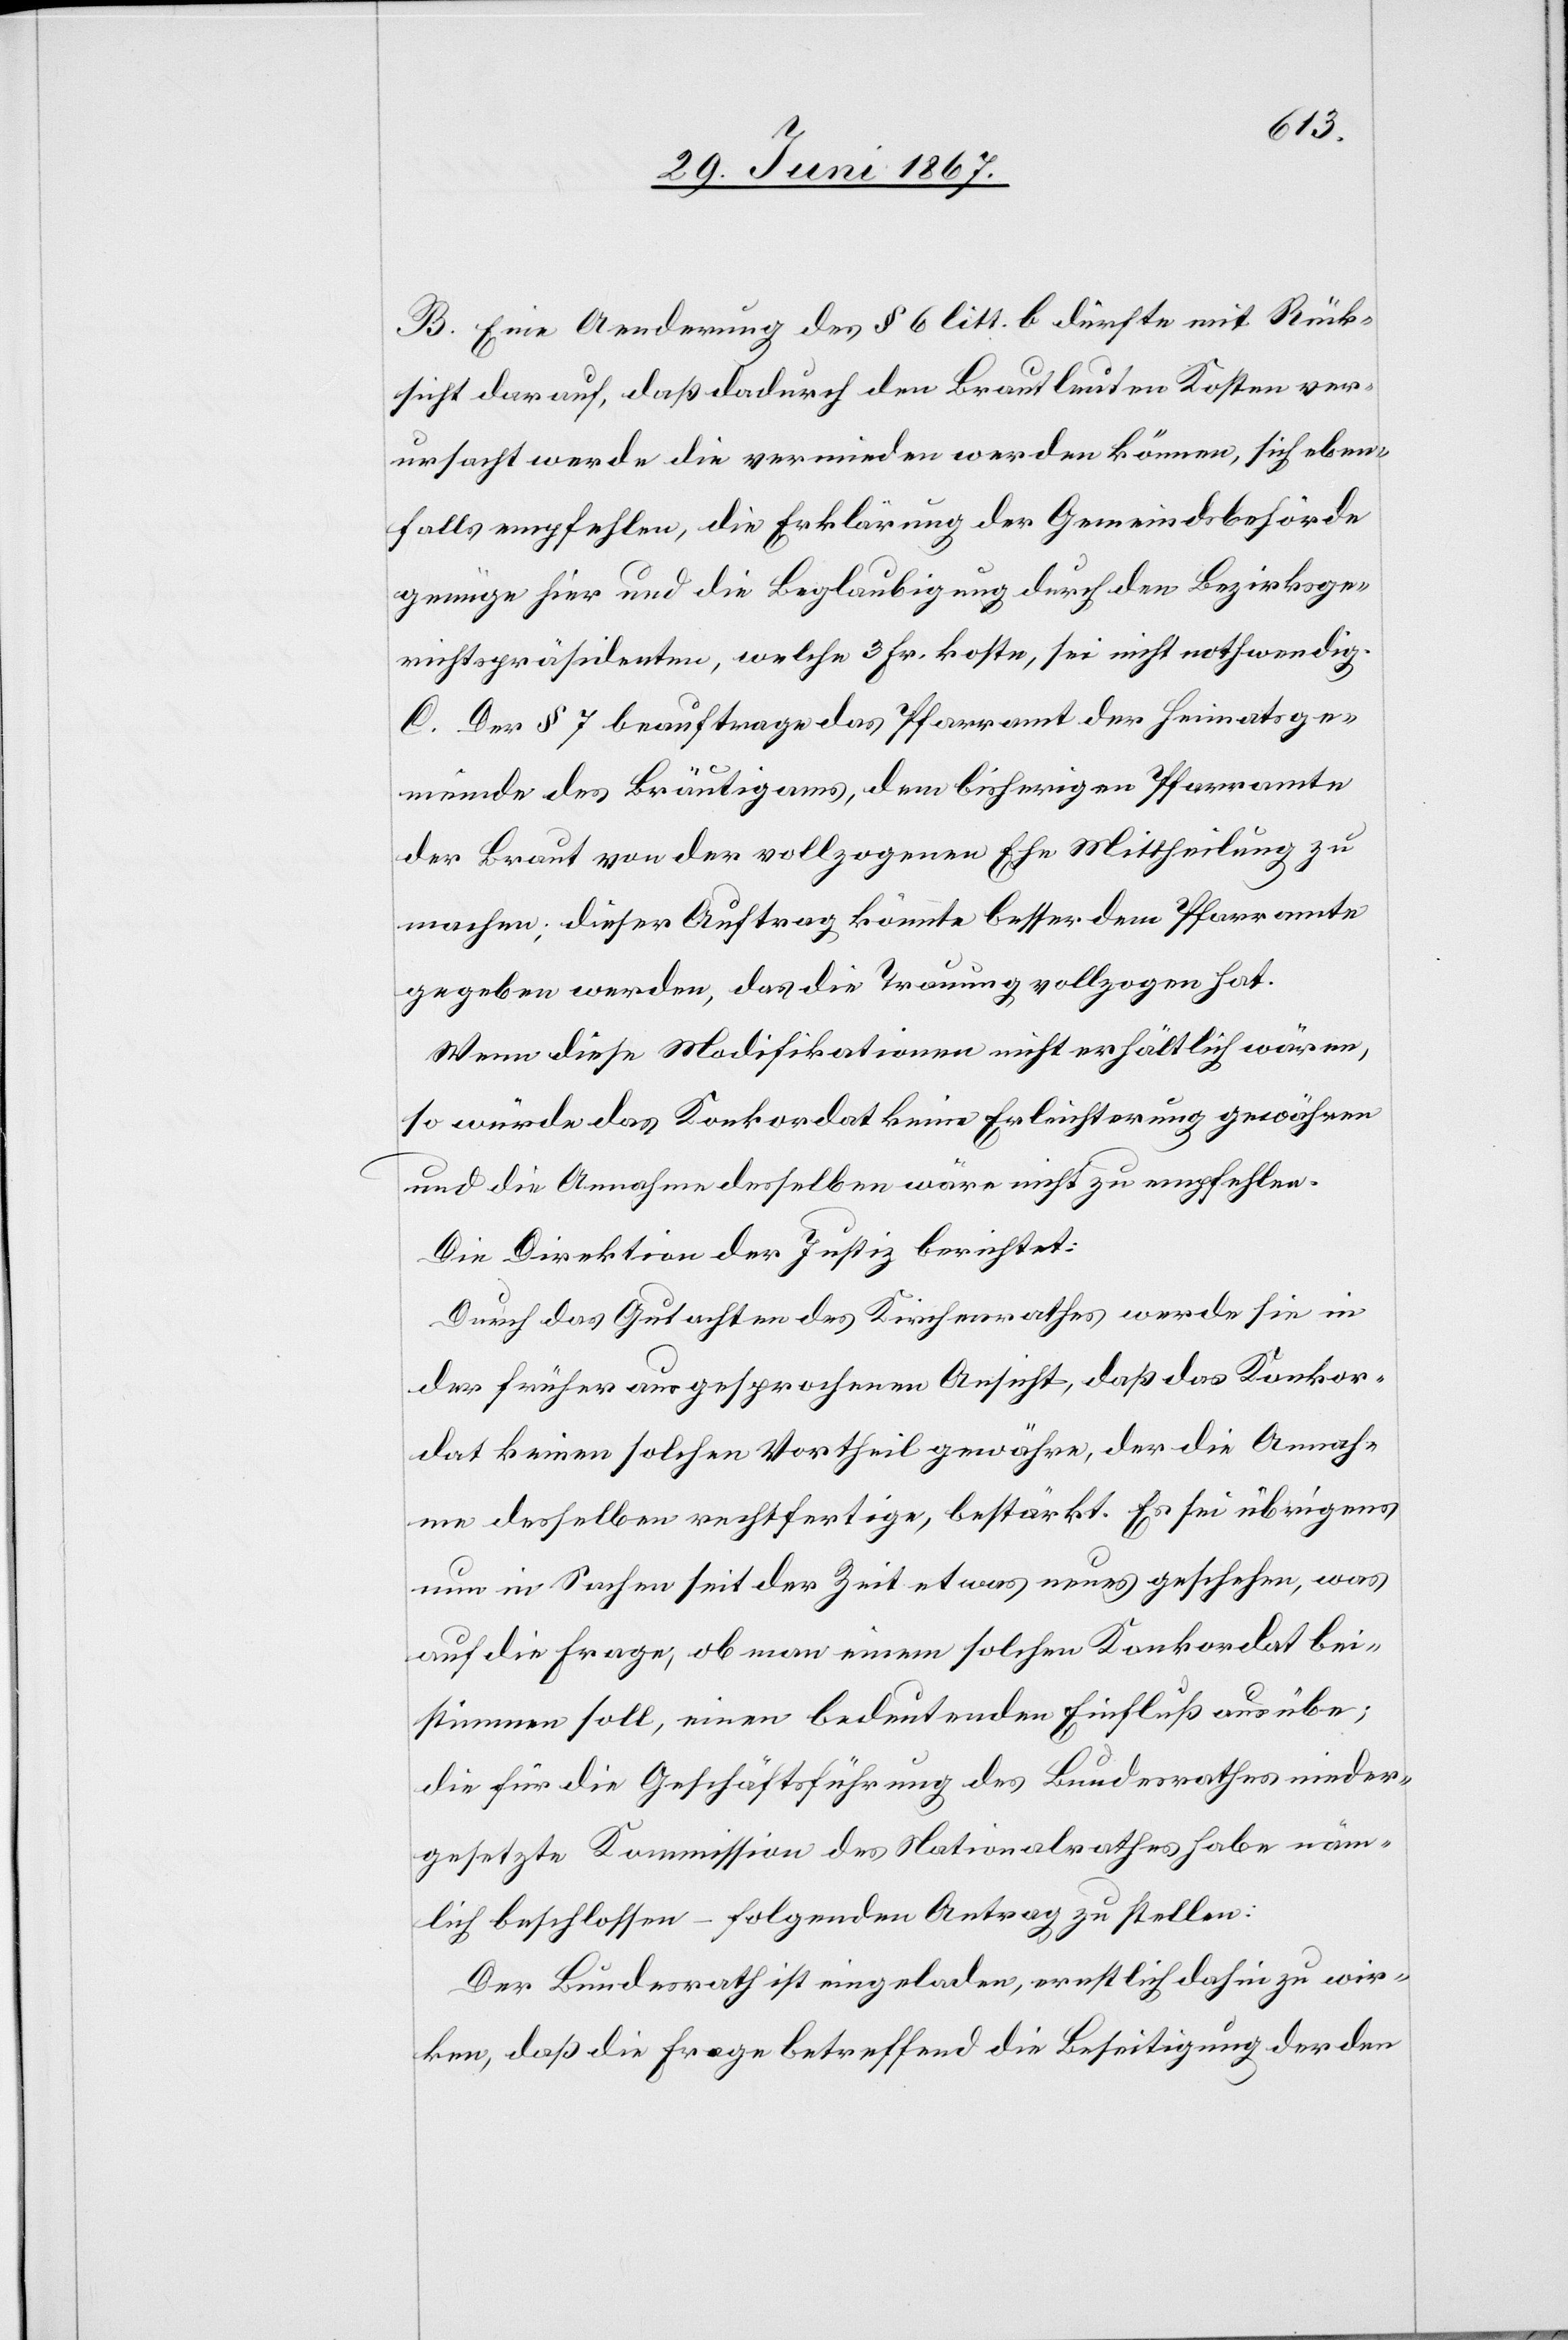
B. Eine Aenderung des § 6 litt. b dürfte mit Rück¬
sicht darauf, daß dadurch den Brautleuten Kosten ver¬
ursacht werde die vermieden werden können, sich eben¬
falls empfehlen, die Erklärung der Gemeindebehörde
genüge hier und die Beglaubigung durch den Bezirksge¬
richtspräsidenten, welche 3 Fr. koste, sei nicht nothwendig.
C. Das § 7 beauftrage das Pfarramt der Heimatsge¬
meinde des Bräutigams, dem bisherigen Pfarramte
der Braut von der vollzogenen Ehe Mittheilung zu
machen; dieser Auftrag könnte besser dem Pfarramte
gegeben werden, das die Trauung vollzogen hat.
Wenn diese Modifikationen nicht erhältlich wären,
so würde das Konkordat keine Erleichterung gewähren
und die Annahme desselben wäre nicht zu empfehlen.
Die Direktion der Justiz berichtet:
Durch das Gutachten des Kirchenrathes werde sie in
der früher ausgesprochenen Ansicht, daß das Konkor¬
dat keinen solchen Vortheil gewähre, der die Annah¬
me desselben rechtfertige, bestärkt. Es sei übrigens
nun in Sachen seit der Zeit etwas neues geschehen, was
auf die Frage, ob man einem solchen Konkordat bei¬
stimmen soll, einen bedeutenden Einfluß ausübe;
die für die Geschäftsführung des Bundesrathes nieder¬
gesetzte Kommission des Nationalrathes habe näm¬
lich beschlossen – folgenden Antrag zu stellen:
Der Bundesrath ist eingeladen, ernstlich zu wir¬
ken, daß die Frage betreffend die Beseitigung der den